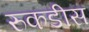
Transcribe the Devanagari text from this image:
रुकडीस